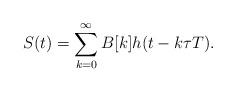
LaTeX: \begin{align*}S(t) = \sum\limits_{k=0}^{\infty} B[k]h(t- k\tau T).\end{align*}